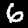
Digit: 6